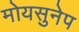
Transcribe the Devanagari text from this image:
मोयसुनेप